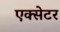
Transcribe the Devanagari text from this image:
एक्‍सेटर